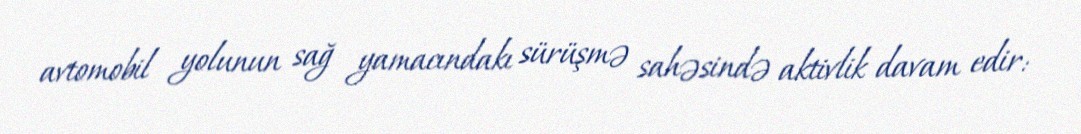
avtomobil yolunun sağ yamacındakı sürüşmə sahəsində aktivlik davam edir: